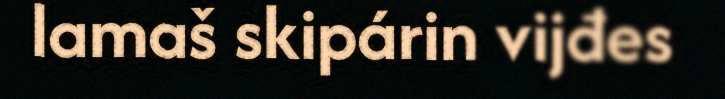
lamaš skipárin vijđes